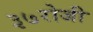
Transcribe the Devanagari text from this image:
३७रोजी